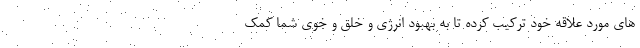
های مورد علاقه خود ترکیب کرده تا به بهبود انرژی و خلق و خوی شما کمک